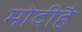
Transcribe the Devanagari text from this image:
मोदीहै